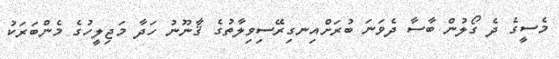
މެސީގެ ދެ ގޯލުން ބާސާ ދެވަނަ ބުރަށްއިނގިރޭސިވިލާތުގެ ޤާނޫނު ހަދާ މަޖިލީހުގެ މެންބަރަކު